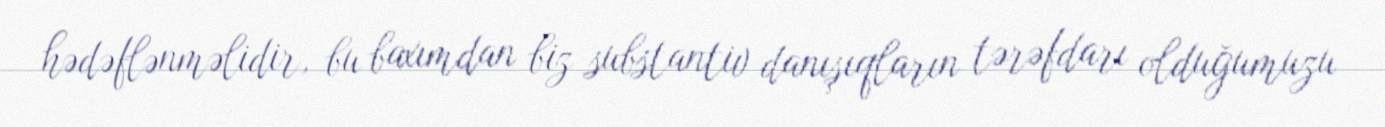
hədəflənməlidir, bu baxımdan biz substantiv danışıqların tərəfdarı olduğumuzu